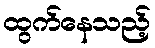
ထွက်နေသည့်